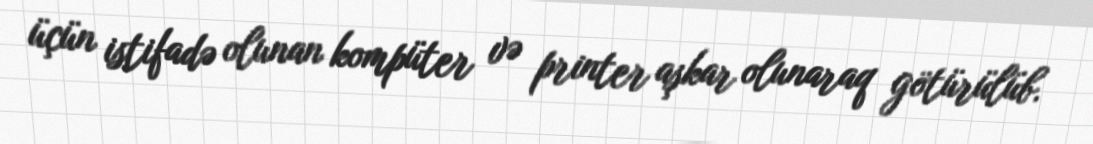
üçün istifadə olunan kompüter və printer aşkar olunaraq götürülüb.